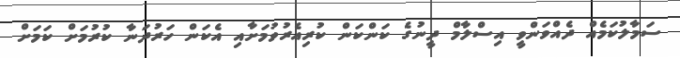
ސަމާލުކަމެއް ދެއްވަންވީ އިސްލާމް ދީނުގެ ކަންކަން ކުރިއެރުވުމަށާއި އެކަން ހަރުދަނާ ކުރުމަށް ކަމަށް